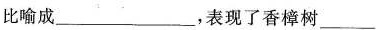
比喻成___，表现了香樟树___